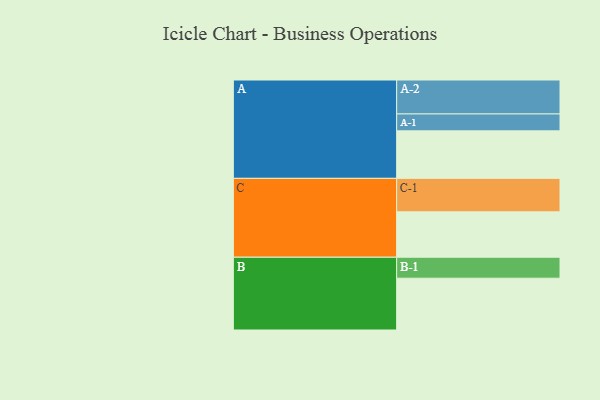
{"axis": {"x": "Segment", "y": "Value"}, "legend": ["", "A", "B", "C"], "data": [{"x": "A", "y": 410, "type": ""}, {"x": "B", "y": 447, "type": ""}, {"x": "C", "y": 392, "type": ""}, {"x": "A-1", "y": 146, "type": "A"}, {"x": "A-2", "y": 293, "type": "A"}, {"x": "B-1", "y": 181, "type": "B"}, {"x": "C-1", "y": 289, "type": "C"}]}